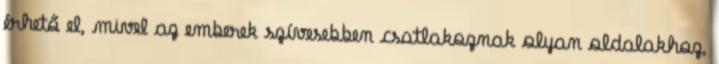
érhető el, mivel az emberek szívesebben csatlakoznak olyan oldalakhoz,